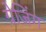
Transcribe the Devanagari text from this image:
ग्रेजिंग